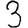
Digit: 3